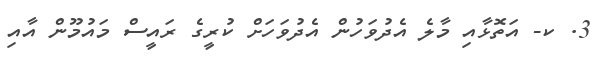
3. ކ- އަތޮޅާއި މާލެ އެދުވަހުން އެދުވަހަށް ކުރީގެ ރައީސް މައުމޫން އާއި